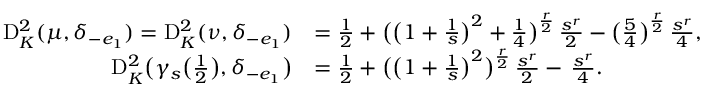
\begin{array} { r l } { \mathrm D _ { K } ^ { 2 } ( \mu , \delta _ { - e _ { 1 } } ) = \mathrm D _ { K } ^ { 2 } ( \nu , \delta _ { - e _ { 1 } } ) } & { = \frac { 1 } { 2 } + \bigl ( \bigl ( 1 + \frac { 1 } { s } \bigr ) ^ { 2 } + \frac { 1 } { 4 } \bigr ) ^ { \frac { r } { 2 } } \, \frac { s ^ { r } } { 2 } - \bigl ( \frac { 5 } { 4 } \bigr ) ^ { \frac { r } { 2 } } \, \frac { s ^ { r } } { 4 } , } \\ { \mathrm D _ { K } ^ { 2 } \bigl ( \gamma _ { s } \bigl ( \frac { 1 } { 2 } \bigr ) , \delta _ { - e _ { 1 } } \bigr ) } & { = \frac { 1 } { 2 } + \bigl ( \bigl ( 1 + \frac { 1 } { s } \bigr ) ^ { 2 } \bigr ) ^ { \frac { r } { 2 } } \, \frac { s ^ { r } } { 2 } - \, \frac { s ^ { r } } { 4 } . } \end{array}